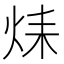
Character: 𤈞